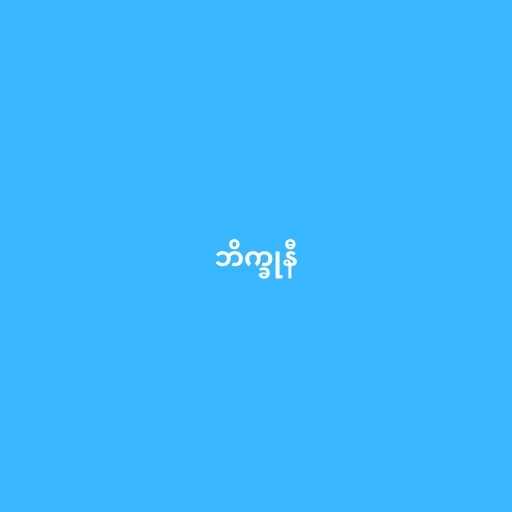
ဘိက္ခုနီ